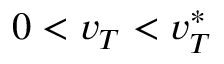
0 < v _ { T } < v _ { T } ^ { * }